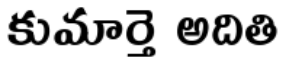
కుమార్తె అదితి